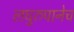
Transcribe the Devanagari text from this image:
लघुरुपानेच